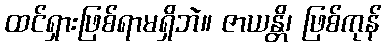
ထင်ရှားဖြစ်ရာမရှိဘဲ။ ဇာယန္တိ၊ ဖြစ်ကုန်